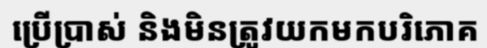
ប្រើប្រាស់ និងមិនត្រូវយកមកបរិភោគ